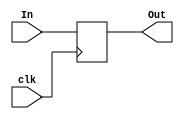
`timescale 1ns / 1ps
//////////////////////////////////////////////////////////////////////////////////
// Company: 
// Engineer: 
// 
// Design Name: 
// Module Name:    NegEdgeBuffer5 
// Project Name: 
// Target Devices: 
// Tool versions: 
// Description: 
//
// Dependencies: 
//
// Revision: 
// Revision 0.01 - File Created
// Additional Comments: 
//
//////////////////////////////////////////////////////////////////////////////////
module NegEdgeBuffer5(
    input clk,
    input [4:0] In,
    output reg [4:0] Out
    );
	 
	initial begin
		Out = 0;
	end
	
	always @(negedge clk) begin
		Out = In;
	end
endmodule